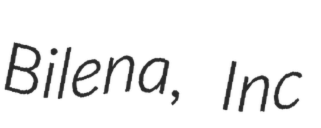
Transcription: Bilena, Inc